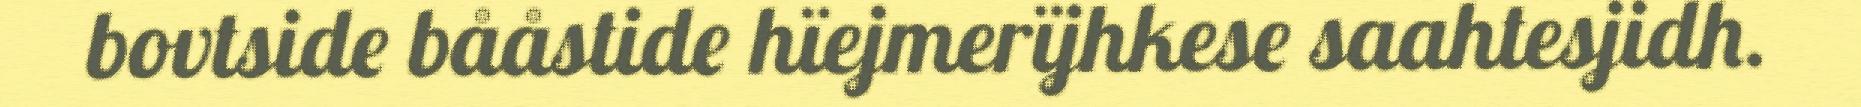
bovtside bååstide hïejmerïjhkese saahtesjidh.